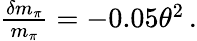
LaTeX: \begin{array}{r}{\frac{\delta m_{\pi}}{m_{\pi}}=-0.05\theta^{2}\, .}\end{array}